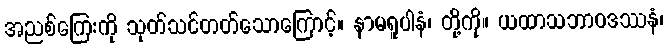
အညစ်ကြေးကို သုတ်သင်တတ်သောကြောင့်။ နာမရူပါနံ၊ တို့ကို။ ယထာသဘာဝဒဿနံ၊